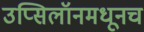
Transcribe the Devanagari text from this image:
उप्सिलॉनमधूनच